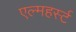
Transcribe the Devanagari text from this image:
एल्महर्स्ट